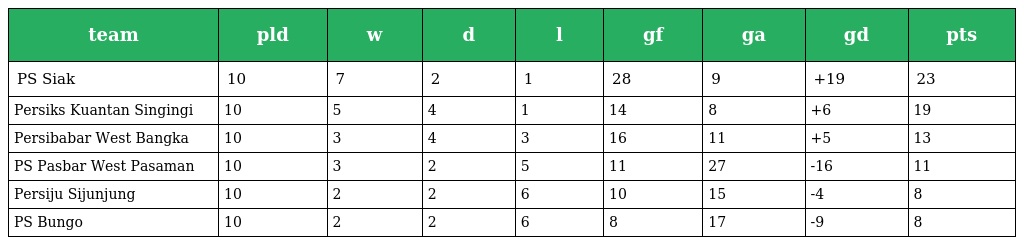
| team | pld | w | d | l | gf | ga | gd | pts |
 | --- | --- | --- | --- | --- | --- | --- | --- | --- |
 | PS Siak | 10 | 7 | 2 | 1 | 28 | 9 | +19 | 23 |
 | Persiks Kuantan Singingi | 10 | 5 | 4 | 1 | 14 | 8 | +6 | 19 |
 | Persibabar West Bangka | 10 | 3 | 4 | 3 | 16 | 11 | +5 | 13 |
 | PS Pasbar West Pasaman | 10 | 3 | 2 | 5 | 11 | 27 | -16 | 11 |
 | Persiju Sijunjung | 10 | 2 | 2 | 6 | 10 | 15 | -4 | 8 |
 | PS Bungo | 10 | 2 | 2 | 6 | 8 | 17 | -9 | 8 |